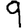
Digit: 9